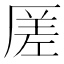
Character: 𠪉